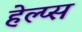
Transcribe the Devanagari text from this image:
हेल्प्स